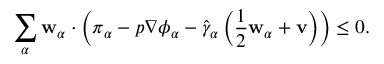
\begin{array} { r } { \displaystyle \sum _ { \alpha } \mathbf { w } _ { \alpha } \cdot \left( \boldsymbol { \pi } _ { \alpha } - p \nabla \phi _ { \alpha } - \hat { \gamma } _ { \alpha } \left( \frac { 1 } { 2 } \mathbf { w } _ { \alpha } + \mathbf { v } \right) \right) \leq 0 . } \end{array}